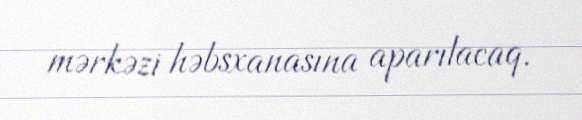
mərkəzi həbsxanasına aparılacaq.